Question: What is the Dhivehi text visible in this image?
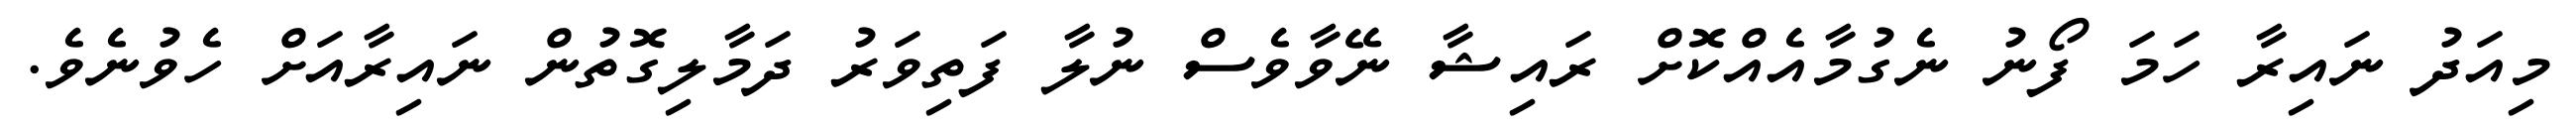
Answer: މިއަދު ނައިރާ ހަމަ ފޯނު ނެގުމާއެއްކޮށް ރައިޝާ ނޭވާވެސް ނުލާ ފަތިވަރު ދަމާލިގޮތުން ނައިރާއަށް ހެވުނެވެ.